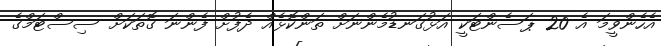
އެހެންވީމަ އެ 20 ޕަސެންޓަކީ އަޅުގަނޑުމެންނަށް ތަންކޮޅެއް ދެފުށް ފެންނަ ގޮތަކަށް ސިސްޓަމްގެ